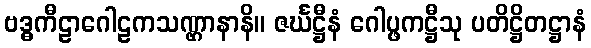
ဗဒ္ဓကီဠာဂေါဠကသဏ္ဌာနာနိ။ ဇင်္ဃဋ္ဌီနံ ဂေါပ္ဖကဋ္ဌီသု ပတိဋ္ဌိတဋ္ဌာနံ